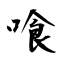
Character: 喰